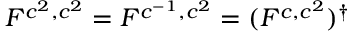
F ^ { c ^ { 2 } , c ^ { 2 } } = F ^ { c ^ { - 1 } , c ^ { 2 } } = ( F ^ { c , c ^ { 2 } } ) ^ { \dagger }